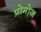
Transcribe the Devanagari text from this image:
प्रोमोज